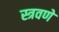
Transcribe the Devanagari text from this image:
स्त्रवणे